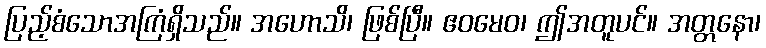
ပြည့်စံသောအကြံရှိသည်။ အဟောသိ၊ ဖြစ်ပြီ။ ဧဝမေဝ၊ ဤအတူပင်။ အတ္တနော၊